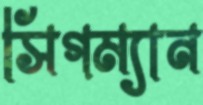
সিগম্যান